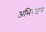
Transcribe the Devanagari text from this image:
अभिरजंन